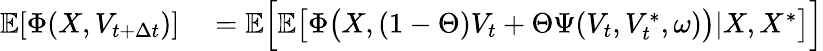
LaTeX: \begin{array}{rl}{\mathbb{E}[\Phi(X,V_{t+\Delta{t}})]}&{{}=\mathbb{E}\Bigl[\mathbb{E}\bigl[\Phi\bigl(X,(1-\Theta)V_{t}+\Theta\Psi(V_{t},V_{t}^{\ast},\omega)\bigr)\vert X,X^{\ast}\bigr]\Bigr]}\end{array}